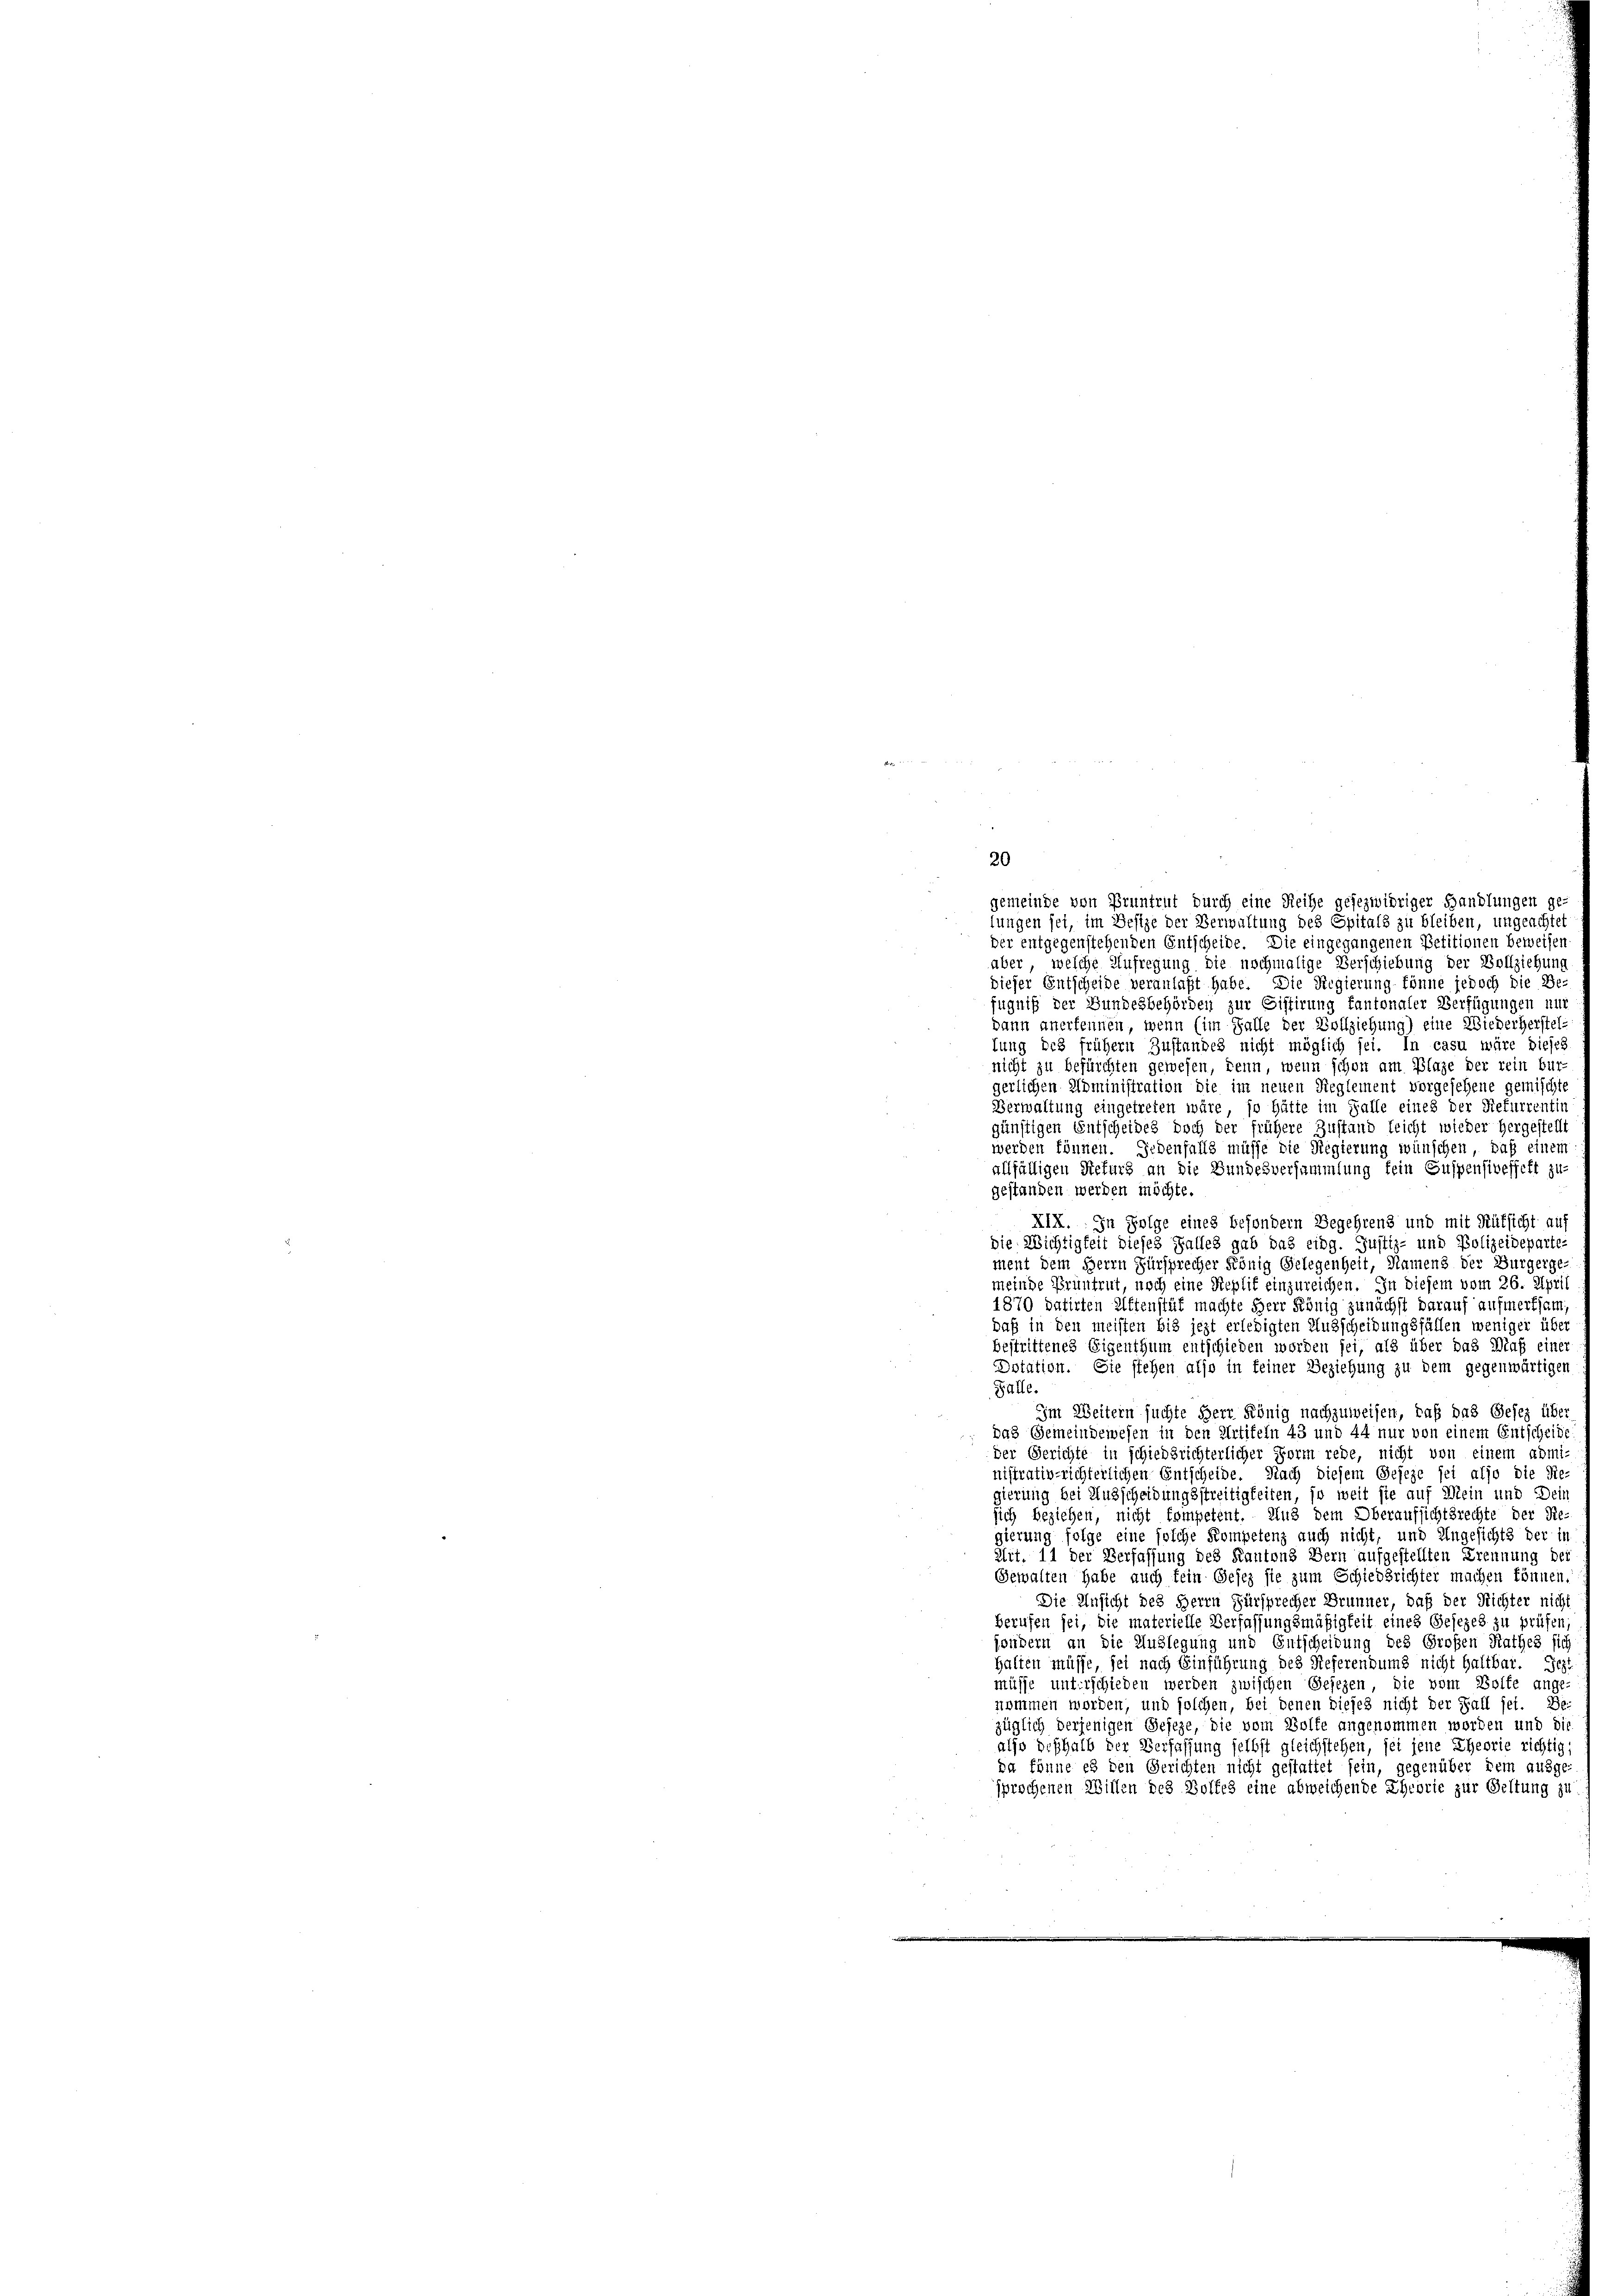
20
gemeinde von Pruntrut durch eine Reihe gesezwihriger Handlungen ge-
lungen sei, im Besize der Verwaltung des Spitals zu bleiben, ungeachtet
der entgegenstehenden Entscheide. Die eingegangenen Petitionen beweisen
aber, welche Aufregung die nochmalige Verschiebung der Vollziehung
dieser Entscheide veranlaßt habe. Die Regierung könne jedoch die Be-
fugniß der Bundesbehörden zur Sistirung fantonaler Verfügungen nur
dann anerkennen, wenn (im Falle der Vollziehung) eine Wiederherstel
tung des frühern Zustandes nicht möglich sei. In casu wäre dieses
nicht zu befürchten gewesen, denn, wenn schon am Plaze der rein bur
rlichen Administration die im neuen Reglement vorgesehene gemischte
Verwaltung eingetreten wäre, so hätte im Falle eines der Refurrentin
günstigen Entscheides doch der frühere Zustand leicht wieder hergestellt
werden können. Jedenfalls müsse die Regierung wünschen, daß einen
allfälligen Refurg an die Bundesversammlung fein Suspensiveffett zu
gestanden werden möchte.
XIX. In Folge eines besondern Begehrens und mit Rüksicht auf
die Wichtigkeit dieses Galles gab das eidg. Justiz- und Polizeideparte-
ment dem Herrn Fürsprecher König Gelegenheit, Namens der Burgerge-
meinde Pruntrut, noch eine Replit einzureichen. In diesem vom 26. April
1870 datirten Altenstät machte Herr König zunächst darauf aufmerksam,
daß in den meisten bis jezt erledigten Ausscheidungsfällen weniger über
bestrittenes Eigenthum entschieden worden sei, als über das Maß einer
Dotation. Sie stehen also in keiner Beziehung zu dem gegenwärtigen
Falle.
Im Weitern suchte Herr König nachzuweisen, daß das Gesez über
das Gemeindewesen in den Artifeln 43 und 44 nur von einem Entscheide
der Gerichte in schiedsrichterlicher Form rede, nicht von einem administrativ richterlichen Entscheide. Nach diesem Geseze sei also die Re
gierung bei Ausscheidungsstreitigkeiten, so weit sie auf Mein und Dein
sich beziehen, nicht kompetent. Aus dem Oberaufsichtsrechte der Re-
gierung folge eine solche Kompetenz auch nicht, und Ungesichts der in
Art. 11 der Verfassung des Kantons Bern aufgestellten Trennung der
Gewalten habe auch fein Gesez sie zum Schiedsrichter machen können.
Die Unsicht des Herrn Fürsprecher Brunner, daß der Richter nicht
berufen sei, die materielle Verfassungsmäßigkeit eines Gesezes zu prüfen;
sondern an die Auslegung und Entscheidung des Großen Rathes sich
halten müsse, sei nach Einführung des Referendums nicht Haltbar. Jest
müsse unterschieden werden zwischen Gesezen, die vom Bolte ange-
nommen worden, und solchen, bei denen diejes nicht der Fall sei. De
züglich derjenigen Geseze, die vom Bolle angenommen worden und die
also deshalb der Verfassung selbst gleichstehen, sei jene Theorie richtig,
da könne es den Gerichten nicht gestattet sein, gegenüber dem ausge-
sprochenen Willen des Wolfes eine abweichende Theorie zur Geltung zu

¬